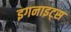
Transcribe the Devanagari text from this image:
इगनाइट्स